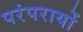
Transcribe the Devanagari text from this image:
परंपरायों